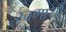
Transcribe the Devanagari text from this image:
रचणार्या